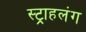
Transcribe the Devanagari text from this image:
स्‍ट्राहलंग